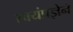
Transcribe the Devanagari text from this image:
स्वयंप्रज्ञेने